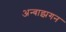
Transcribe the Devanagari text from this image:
अन्बाझगन